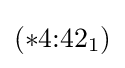
(*4{:}42_{1})